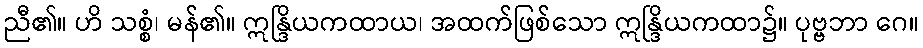
ညီ၏။ ဟိ သစ္စံ၊ မန်၏။ ဣန္ဒြိယကထာယ၊ အထက်ဖြစ်သော ဣန္ဒြိယကထာ၌။ ပုဗ္ဗဘာ ဂေ။